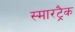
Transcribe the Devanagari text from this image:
स्मारट्रैक